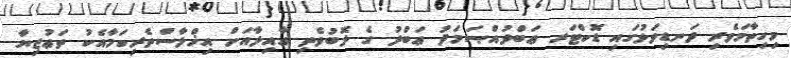
މިހިތާމަވެރި ދަނޑިވަޅުގައި ޑޮކްޓަރ ޢަބްދުއްޞަމަދު ޢަބްދު ގެ ލޮބުވެތި ޢާއިލާއަށް އިޚްލާސްތެރިކަމާއެކު ތަޢުޒިޔާ